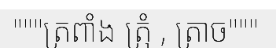
"""ត្រពាំង ត្រុំ , ត្រាច"""